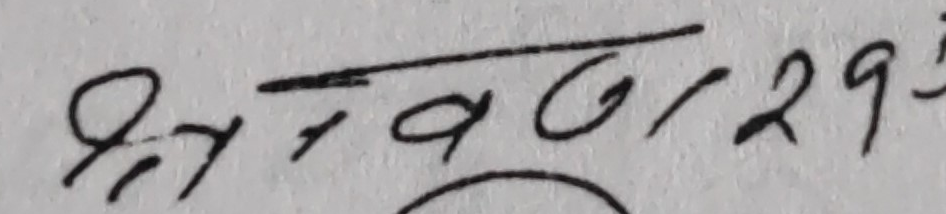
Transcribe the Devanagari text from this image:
श्री ५७/०७/२९ गते